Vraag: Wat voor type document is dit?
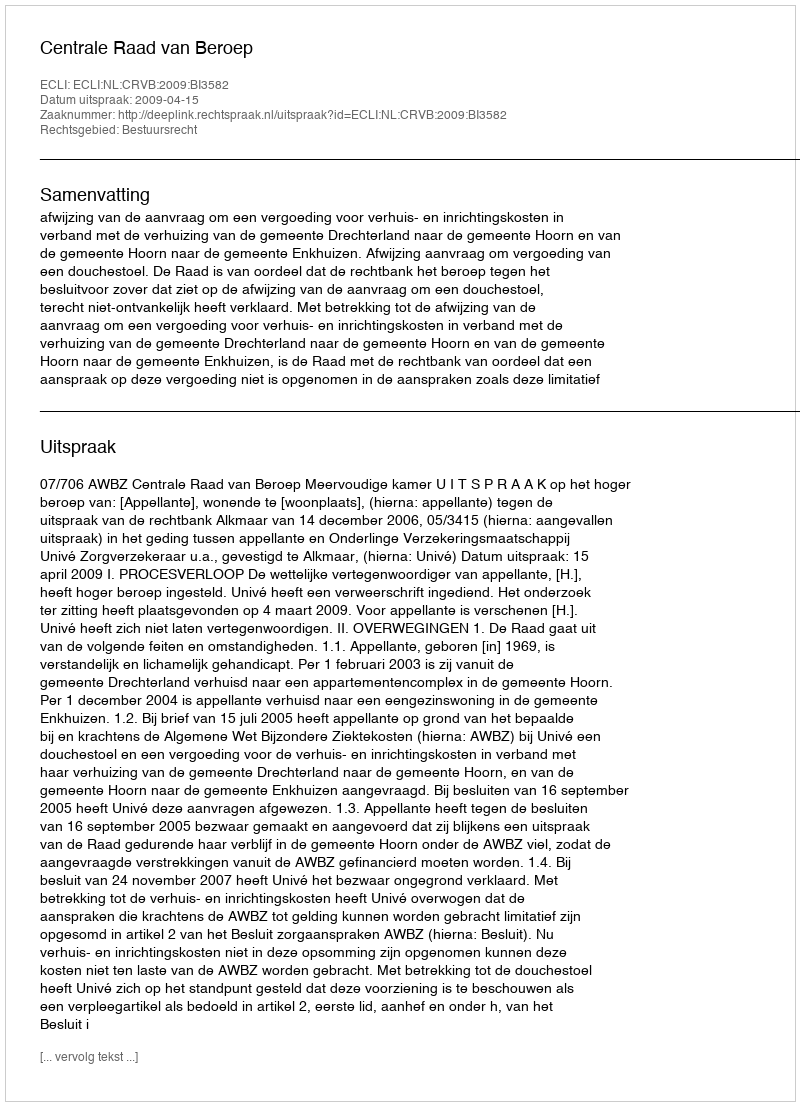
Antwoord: Uitspraak